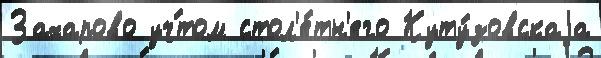
Захарово уч́том стол'е́тн'его Куту́зовскаjа